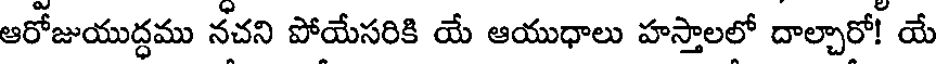
ఆరోజుయుద్ధము నచని పోయేసరికి యే ఆయుధాలు హస్తాలలో దాల్చారో! యే